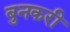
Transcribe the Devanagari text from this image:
बुनकरी